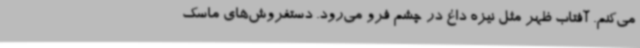
می‌کنم. آفتاب ظهر مثل نیزه داغ در چشم فرو می‌رود. دستفروش‌های ماسک